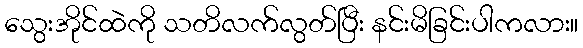
သွေးအိုင်ထဲကို သတိလက်လွတ်ပြီး နင်းမိခြင်းပါကလား။